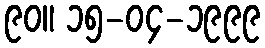
၉၀။ ၁၅-၀၄-၁၉၉၉